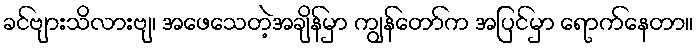
ခင်ဗျားသိလားဗျ၊ အဖေသေတဲ့အချိန်မှာ ကျွန်တော်က အပြင်မှာ ရောက်နေတာ။